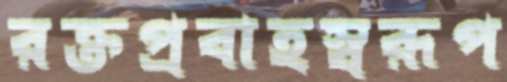
রক্তপ্রবাহস্বরূপ